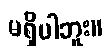
မရှိပါဘူး။